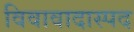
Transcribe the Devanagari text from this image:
विवावादास्पद